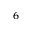
^ 6